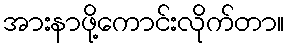
အားနာဖို့ကောင်းလိုက်တာ။